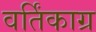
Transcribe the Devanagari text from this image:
वर्तिंकाग्र